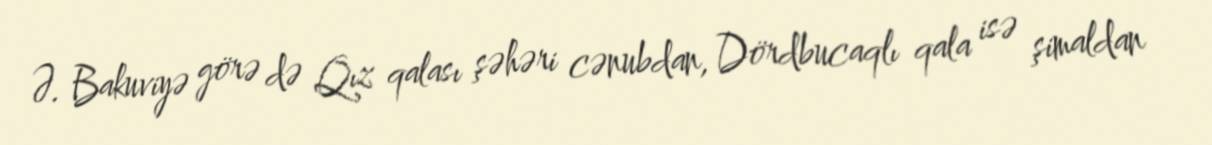
Ə. Bakuviyə görə də Qız qalası şəhəri cənubdan, Dördbucaqlı qala isə şimaldan